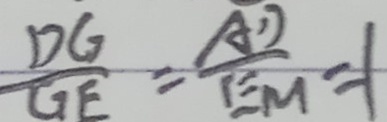
\frac { D G } { G E } = \frac { A D } { E M } = 1